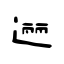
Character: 逦